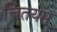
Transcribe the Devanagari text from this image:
चितयम्